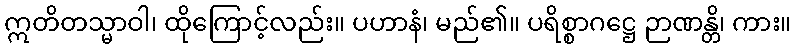
ဣတိတသ္မာဝါ၊ ထိုကြောင့်လည်း။ ပဟာနံ၊ မည်၏။ ပရိစ္စာဂဋ္ဌေ ဉာဏန္တိ၊ ကား။